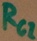
Text: RG2